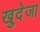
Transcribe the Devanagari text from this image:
खुदेजा